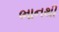
ભાનથી